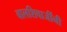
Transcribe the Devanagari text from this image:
बालशिवाजींनी